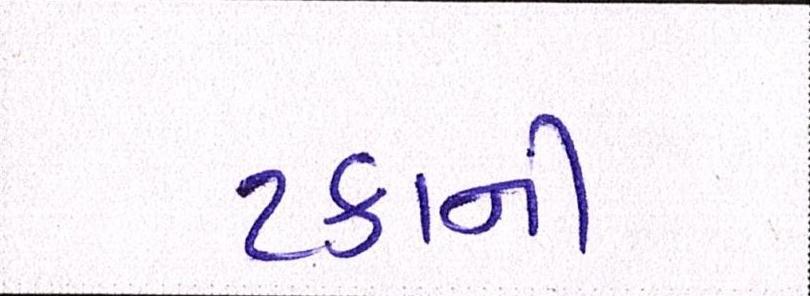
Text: ટકાની